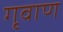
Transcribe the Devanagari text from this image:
गृवाण